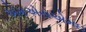
એમએસએમઇ